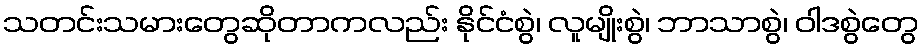
သတင်းသမားတွေဆိုတာကလည်း နိုင်ငံစွဲ၊ လူမျိုးစွဲ၊ ဘာသာစွဲ၊ ဝါဒစွဲတွေ